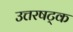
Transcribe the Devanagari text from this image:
उत्तरषट्क